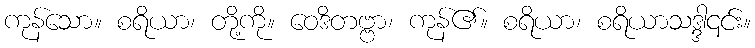
ကုန်သော။ စရိယာ၊ တို့ကို။ ဝေဒိတဗ္ဗာ၊ ကုန်၏။ စရိယာ၊ စရိယာသဒ္ဒါ၎င်း။